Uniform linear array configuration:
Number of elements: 4
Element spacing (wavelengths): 1
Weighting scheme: hann
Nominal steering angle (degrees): -30
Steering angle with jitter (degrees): -29.045
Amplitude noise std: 0.05
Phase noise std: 0.05

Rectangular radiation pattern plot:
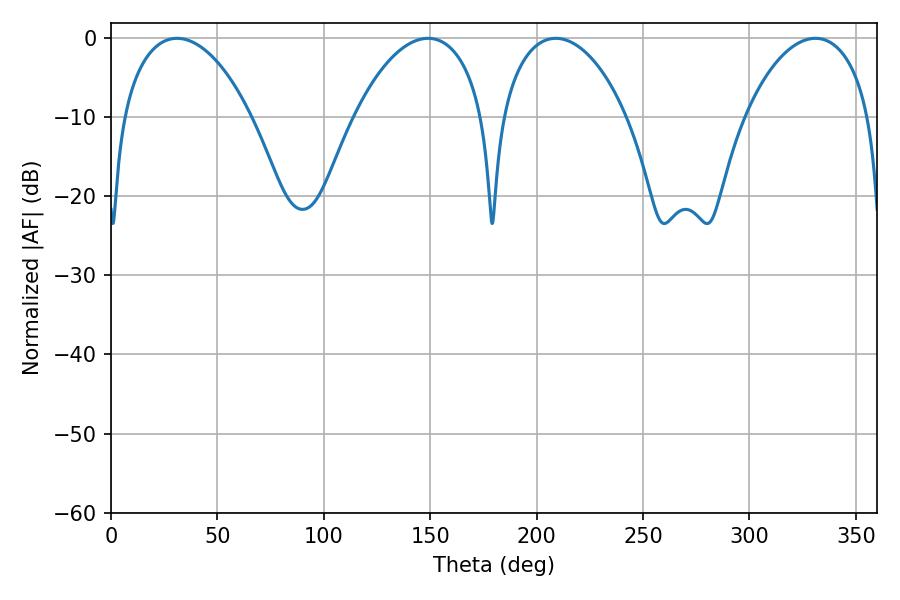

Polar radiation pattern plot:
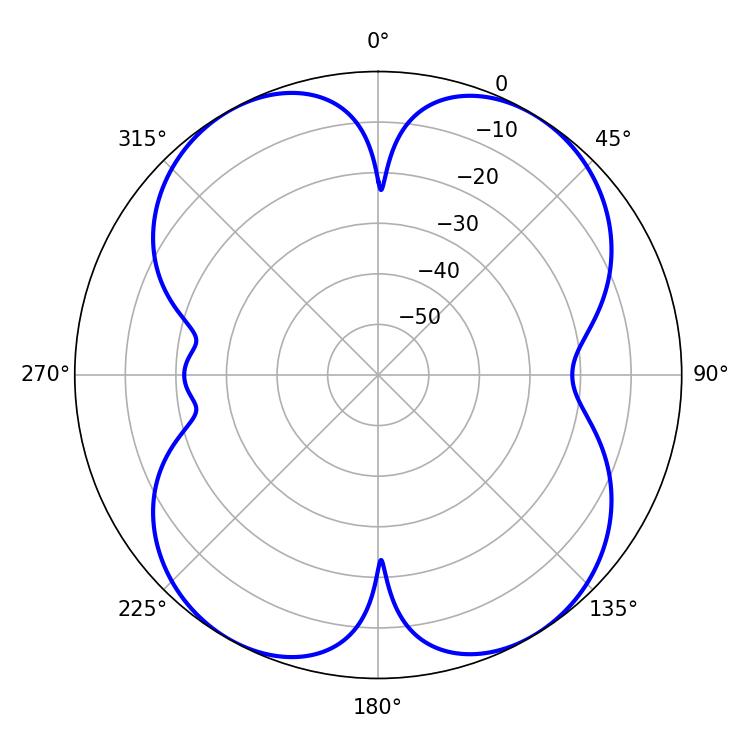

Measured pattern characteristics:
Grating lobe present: TRUE
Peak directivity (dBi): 14.949
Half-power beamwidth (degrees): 33.48
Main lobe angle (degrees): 208.98